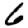
Digit: 6